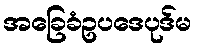
အခြေခံဥပဒေပုဒ်မ